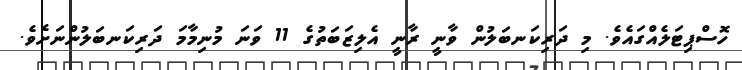
ހޮސްޕިޓަލެއްގައެވެ. މި ދަރިކަނބަލުން ވާނީ ރާނީ އެލިޒަބަތުގެ 11 ވަނަ މުނިމާމަ ދަރިކަނބަލުންނަށެވެ.